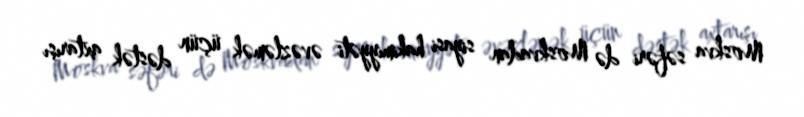
Moskva səfəri də Moskvadan siyasi hakimiyyəti əvəzləmək üçün dəstək axtarışı